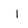
Character: I